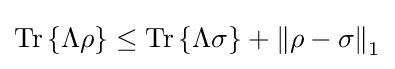
{\text{Tr}}\left\{\Lambda \rho \right\}\leq {\text{Tr}}\left\{\Lambda \sigma \right\}+\left\Vert \rho -\sigma \right\Vert _{1}